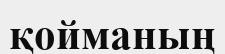
қойманың